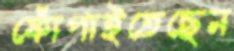
ফোঁপাইতেছেন